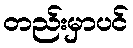
တည်းမှာပင်